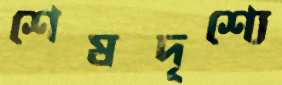
শেষদৃশ্যে